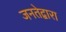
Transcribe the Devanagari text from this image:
जनतेद्वारा